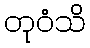
တုဝံသိ